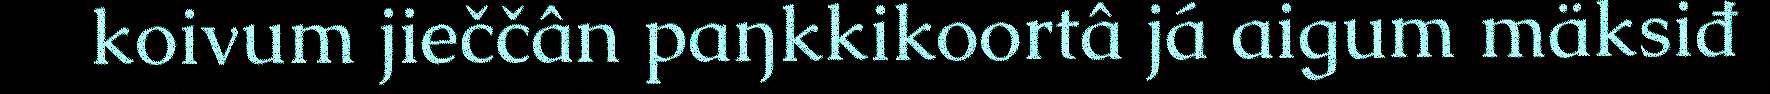
koivum jieččân paŋkkikoortâ já aigum mäksiđ